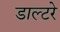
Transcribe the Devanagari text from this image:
डाल्टरे